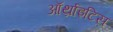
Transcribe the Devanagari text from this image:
ऑर्थ्राइटिस